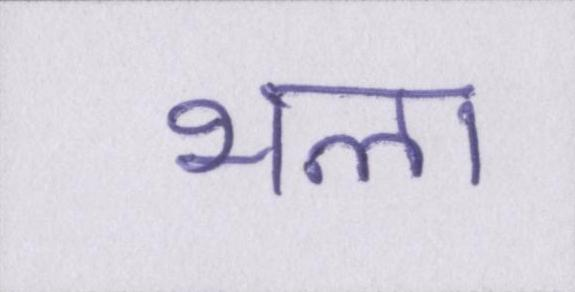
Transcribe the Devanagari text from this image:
भला